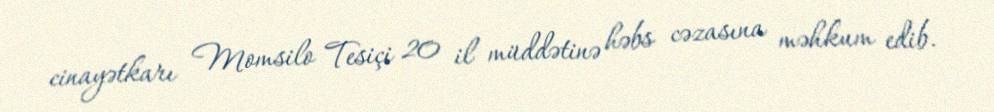
cinayətkarı Momsilo Tesiçi 20 il müddətinə həbs cəzasına məhkum edib.